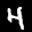
Label: 4